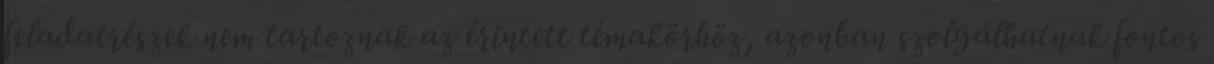
feladatrészek nem tartoznak az érintett témakörhöz, azonban szolgálhatnak fontos